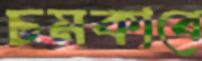
চমকাবে